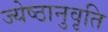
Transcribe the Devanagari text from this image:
ज्येष्ठानुवृति